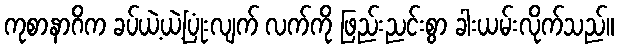
ကုစာနာဂိက ခပ်ယဲ့ယဲ့ပြုံးလျက် လက်ကို ဖြည်းညင်းစွာ ခါးယမ်းလိုက်သည်။